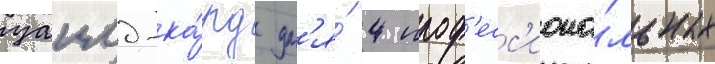
уаилд-ка́рд дл'я́ 4 проф'есс'иона́льных